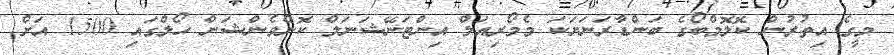
މީގެ އިތުރުން ކޮލޮމްބޯގެ ބަންޑާރަނަޔަކަ މެމޯރިއަލް އިންޓަނޭޝަނަލް ކޮންވެންޝަން ހޯލްގައި 1500 އަށް